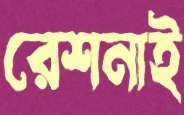
রেশনাই